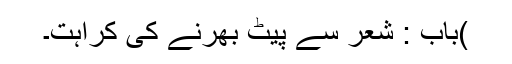
)باب : شعر سے پیٹ بھرنے کی کراہت۔